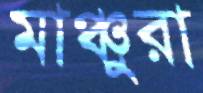
মাঞ্চুরা